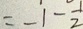
= - 1 - \frac { 1 } { 2 }